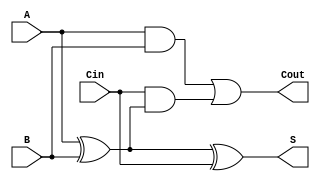
module RippleCarryFullAdder (
    input wire A,     // First binary input
    input wire B,     // Second binary input
    input wire Cin,   // Carry-in input
    output wire S,    // Sum output
    output wire Cout   // Carry-out output
);

// Internal signals
wire A_xor_B; // Intermediate signal for A XOR B

// Sum calculation using XOR
assign A_xor_B = A ^ B;       // A XOR B
assign S = A_xor_B ^ Cin;     // S = (A XOR B) XOR Cin

// Carry-out calculation
assign Cout = (A & B) | (Cin & A_xor_B); // Cout = (A AND B) OR (Cin AND (A XOR B))

endmodule